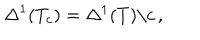
\Delta ^ { 1 } ( T _ { c } ) = \Delta ^ { 1 } ( T ) \backslash c \, ,